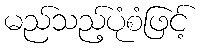
မည်သည့်ပုံစံဖြင့်